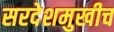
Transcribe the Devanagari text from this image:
सरदेशमुखीच